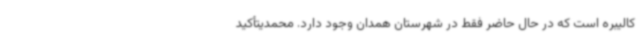
کالیبره است که در حال حاضر فقط در شهرستان همدان وجود دارد. محمدیتأکید